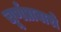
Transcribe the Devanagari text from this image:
चूर्णप्रावारो